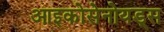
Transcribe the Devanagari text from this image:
आइकोसेनोयड्स